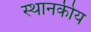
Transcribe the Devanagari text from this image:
स्थानकीय